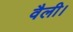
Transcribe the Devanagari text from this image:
वैली।